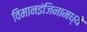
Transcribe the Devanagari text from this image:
विमानइंजिनामध्ये